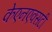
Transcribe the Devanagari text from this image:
केएनएक्सटी